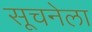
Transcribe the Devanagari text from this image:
सूचनेला